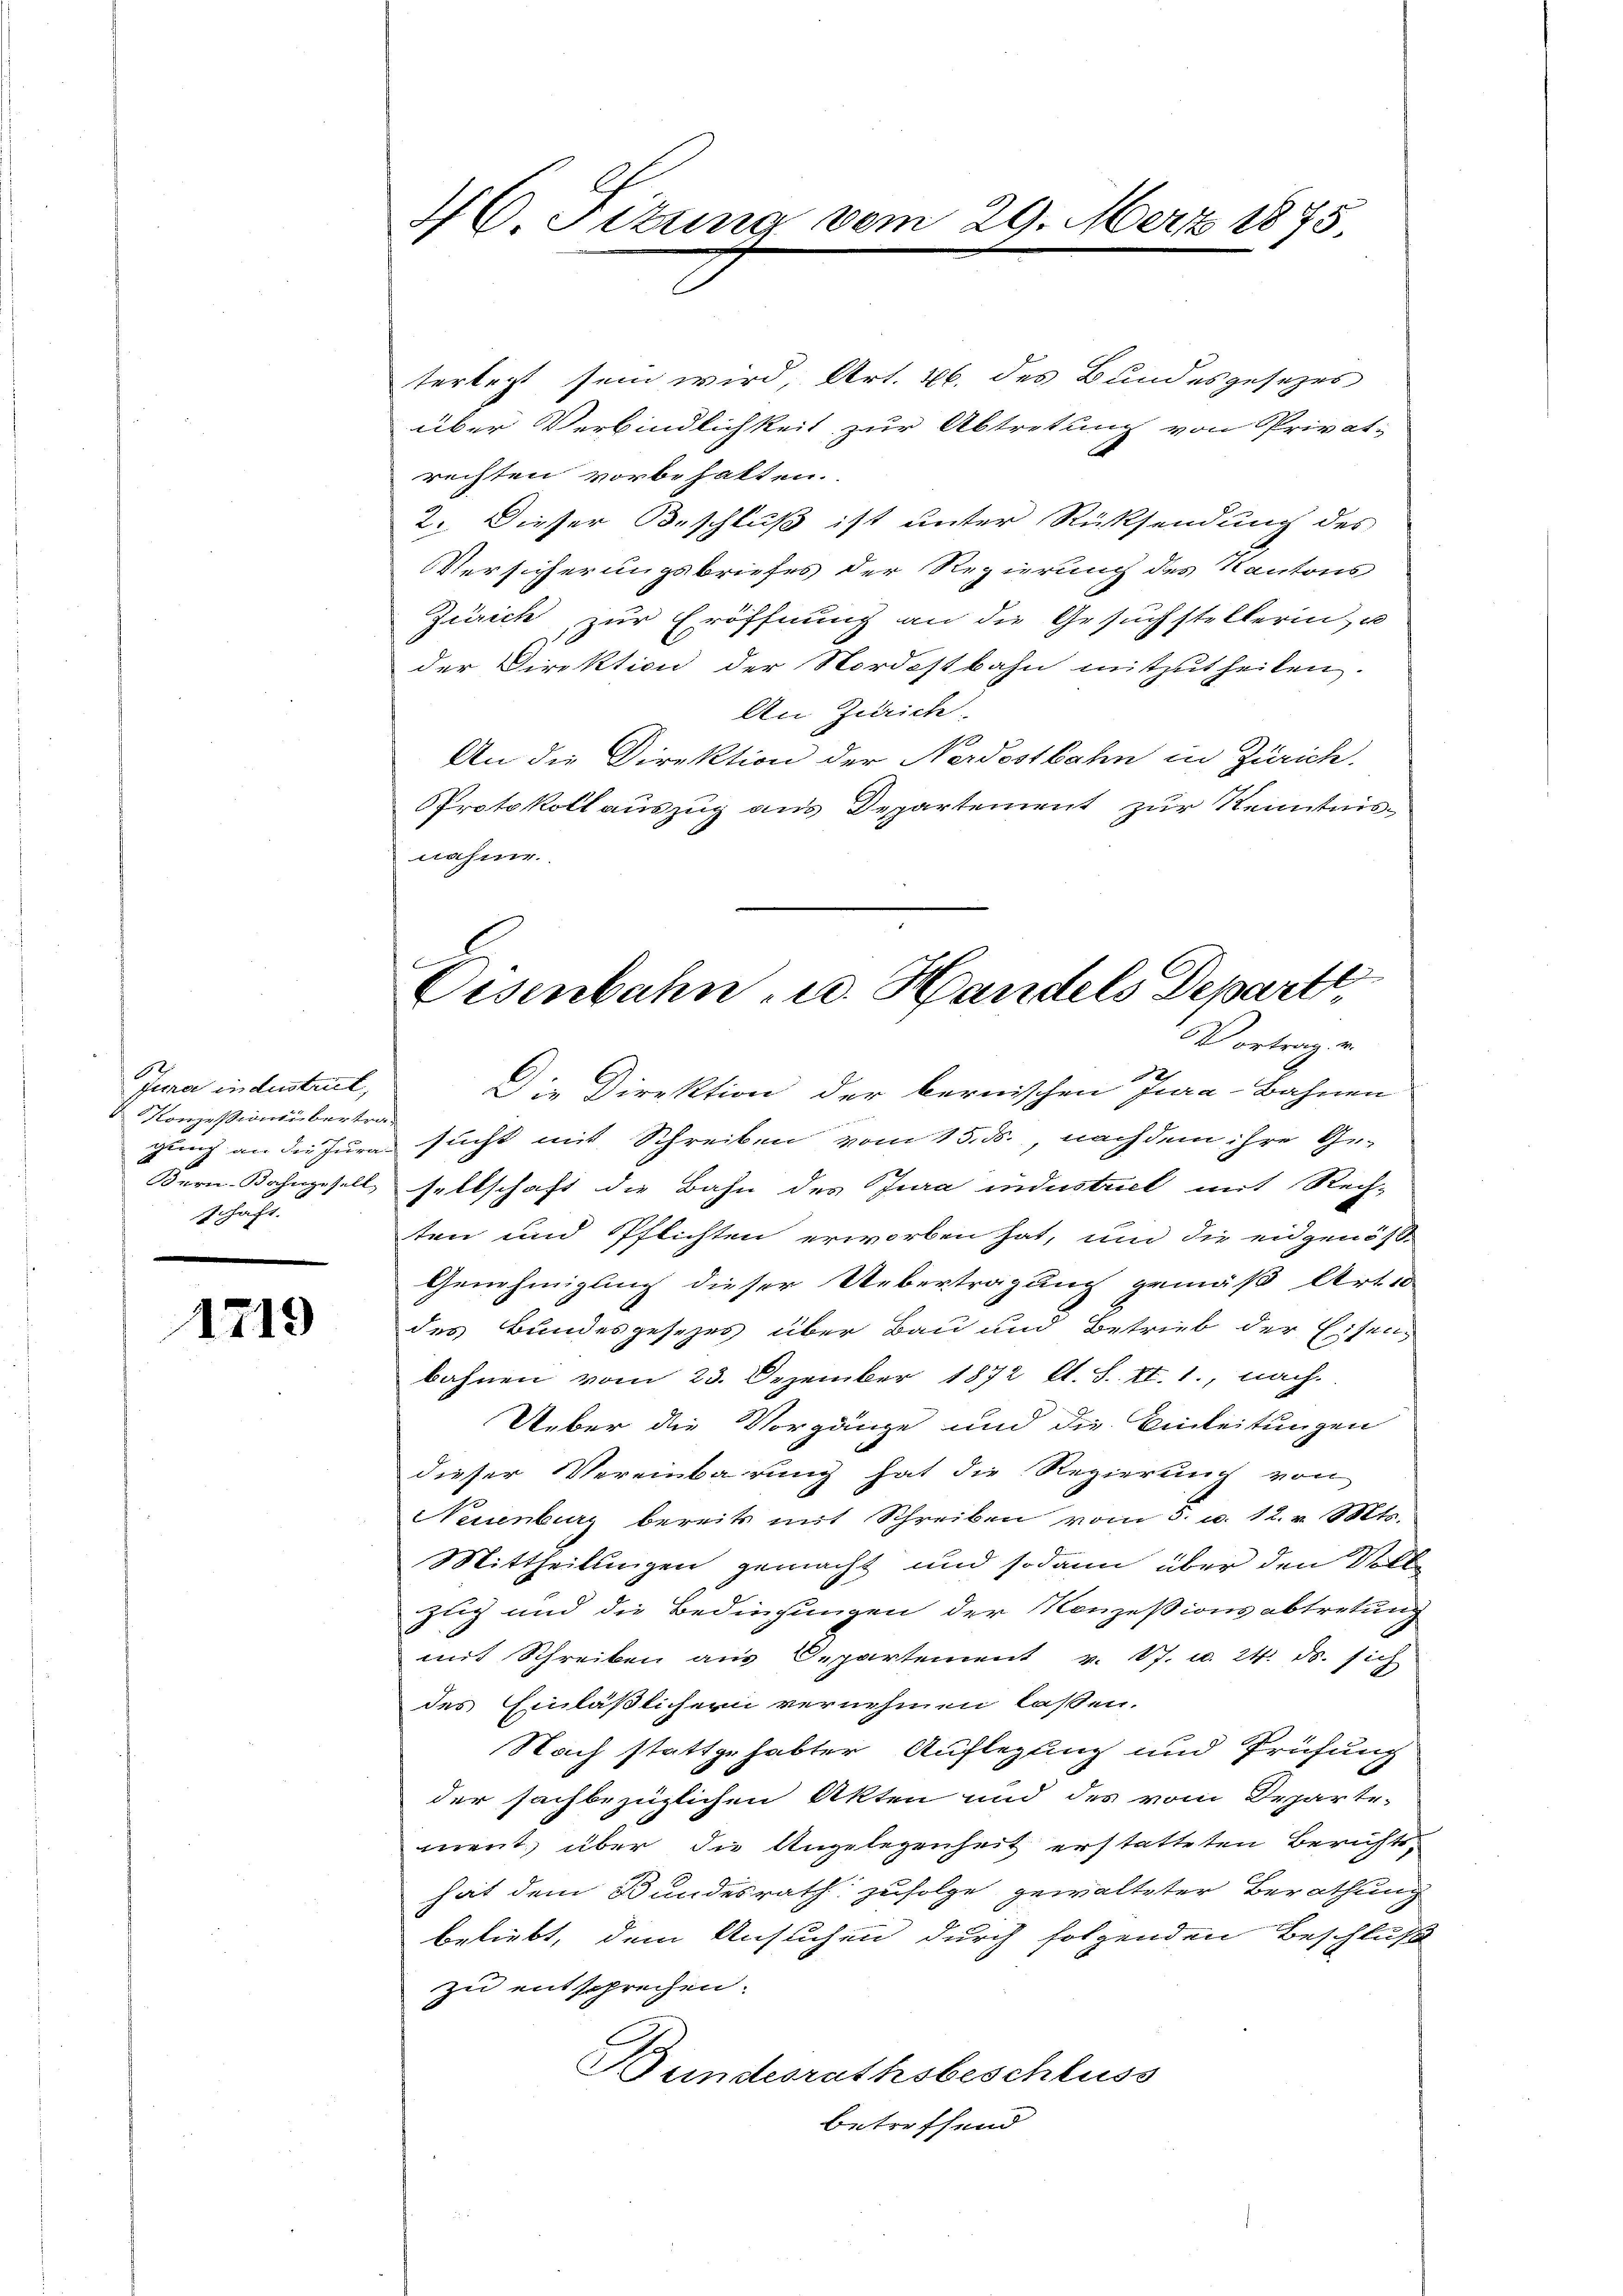
Jener industrict,
Konzession übertraschäft.

1719

46. Sitzung vom 29. März 1875,

terlegt sein wird, Art. 26. des Bundesgesezes
über Verbindlichkeit zur Abtretung von Privatrechten vorbehalten.
2. Dieser Beschluß ist unter Rücksendung des
Versicherungsbriefes der Regierung des Kantons
Zürich zur Eröffnung an die Gesuchstellerin, u
der Direktion der Nordostbahn mitzutheilen.
An Zürich.
An die Direktion der Nordostbahn in Zürich.
Protokoll auszug aus Departement zur Kenntnis-
nähme.

B
Eisenbahn u. Handels Departt,
Vortrag v.

Die Direktion der bernischen Jura-Bahnen
gung an die Jura sucht mit Schreiben vom 15. ds., nach dem ihre Ge-
Bern Bahngesell, seltschaft die Bahn des Jura industrict mit Rech-
ten und Pflichten erworben hat, und die eidgenös-
Genehmigung dieser Uebertragung gemäß Arti
des Bundesgesezes über Bau und Betrieb der Eisen-
bahnen vom 23. Dezember 1872 lt. S. II. 1., nach
Ueber die Vorgänge und die Einleitungen
dieser Vereinbarung hat die Regierung von
Neuenburg bereits mit Schreiben vom 3. u. 12. v. Mts.
Mittheilungen gemacht und sodann über den Volle
Zug und die Bedingungen der Konzessionsabtretung
mit Schreiben aus Departement v. 17. u. 24. ds. sich
des Einläßlichern vernehmen laßen.
Nach stattgehabter Auflegung und Prüfung
der sachbezüglichen Akten und des vom Departe-
ment, über die Angelegenheit erstatteten Berichtshat dem Bundesrath zufolge gewalteter Berathung
beliebt, dem Ansuchen durch folgenden Beschluß
zu entsprechen.
Bundesrathsbeschluss
betreffend